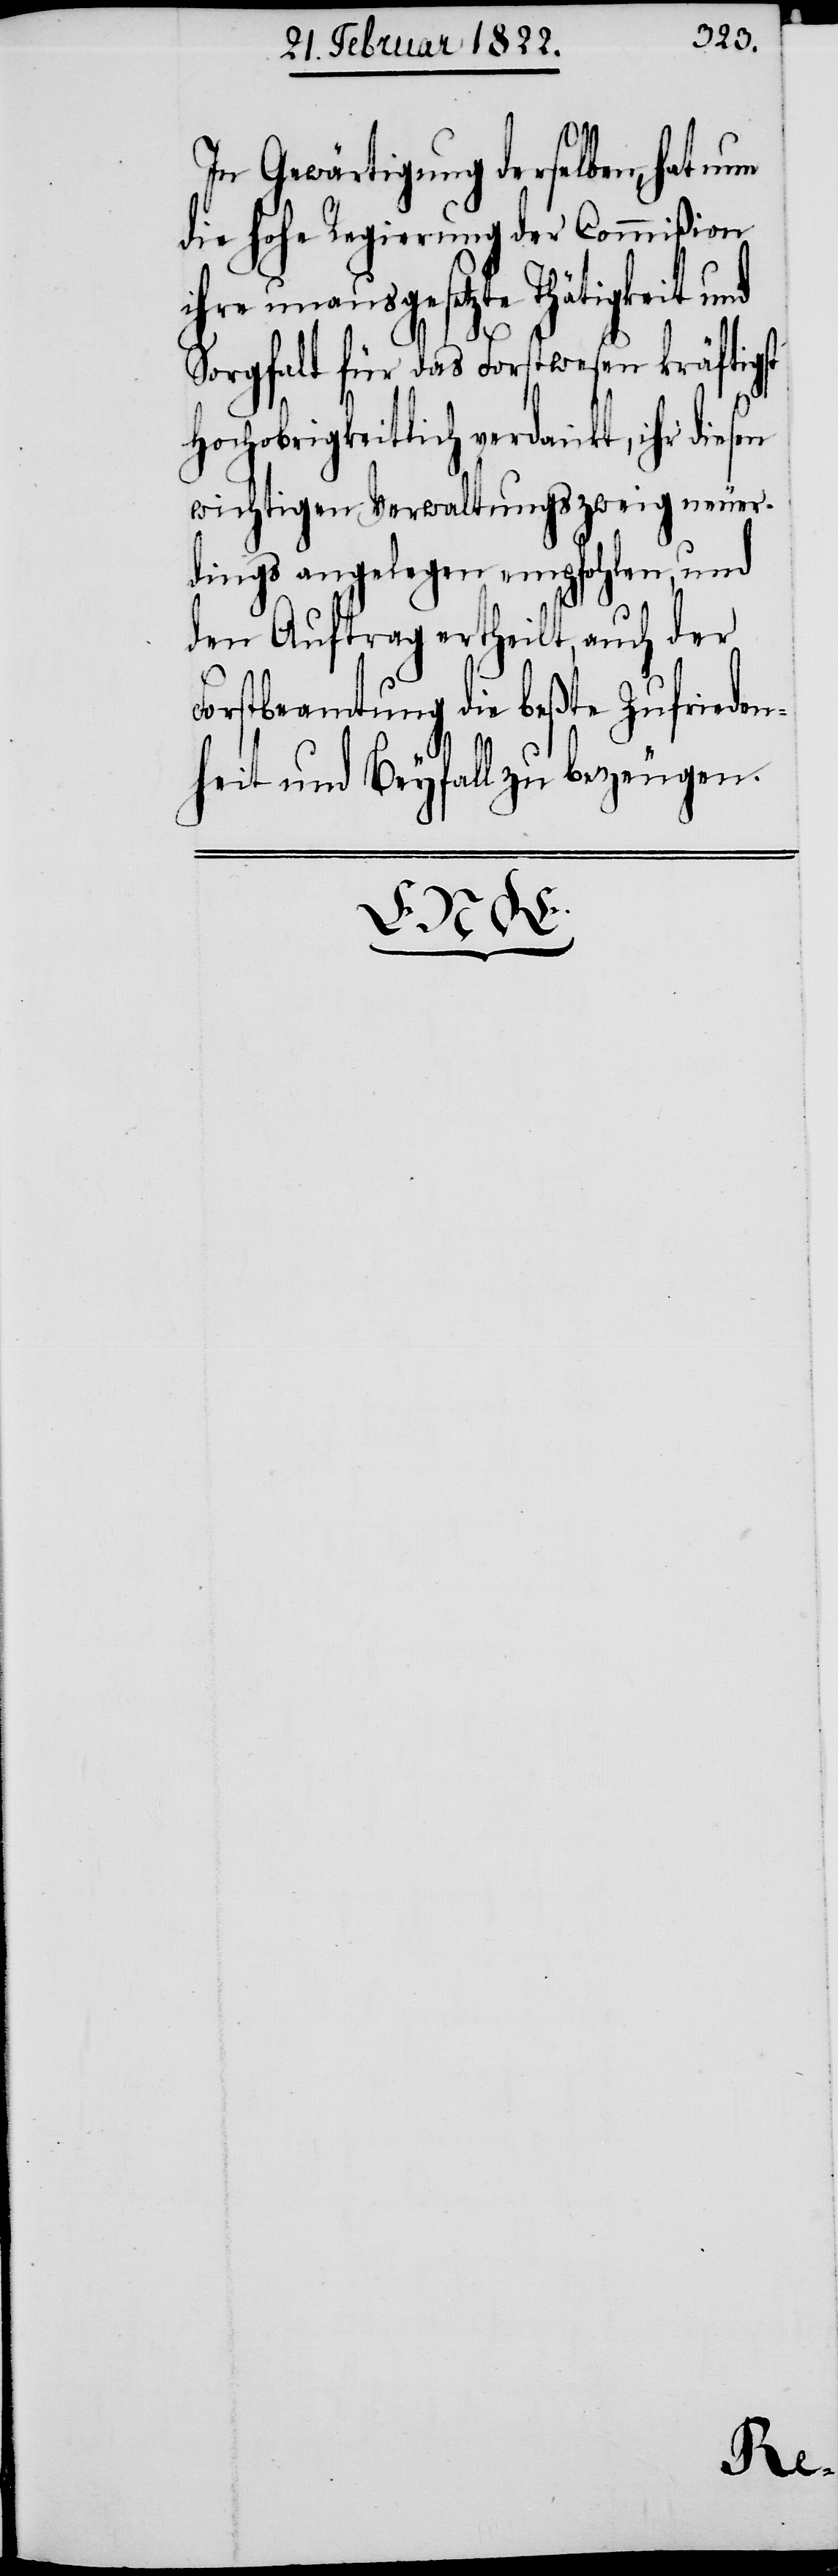
In Gewärtigung derselben, hat
die hohe Regierung der Commißion
ihre unausgesetzte Thätigkeit und
Sorgfalt für das Forstwesen kräftigst
Hochobrigkeitlich verdankt, ihr diesen
wichtigen Verwaltungszweig neuer¬
dings angelegen empfohlen, und
den Auftrag ertheilt, auch der
Forstbeamtung die beßte Zufrieden¬
heit und Beyfall zu bezeugen.